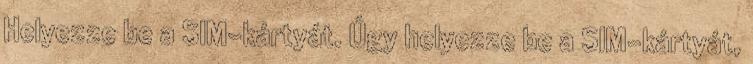
Helyezze be a SIM-kártyát. Úgy helyezze be a SIM-kártyát,